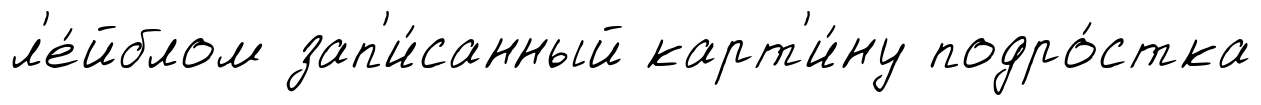
л'е́йблом зап'и́санный карт'и́ну подро́стка